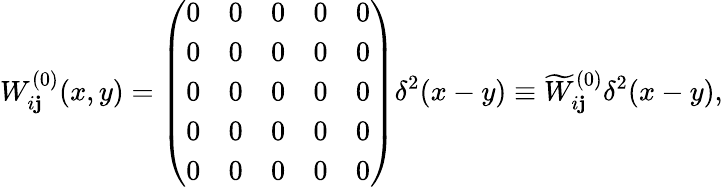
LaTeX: W_{i\mathbf{j}}^{(0)}(x,y)=\left(\begin{array}{ccccc}{{0}}&{{0}}&{{0}}&{{0}}&{{0}}\\ {{0}}&{{0}}&{{0}}&{{0}}&{{0}}\\ {{0}}&{{0}}&{{0}}&{{0}}&{{0}}\\ {{0}}&{{0}}&{{0}}&{{0}}&{{0}}\\ {{0}}&{{0}}&{{0}}&{{0}}&{{0}}\end{array}\right)\delta^{2}(x-y)\equiv\widetilde{{W}}_{i\mathbf{j}}^{(0)}\delta^{2}(x-y),